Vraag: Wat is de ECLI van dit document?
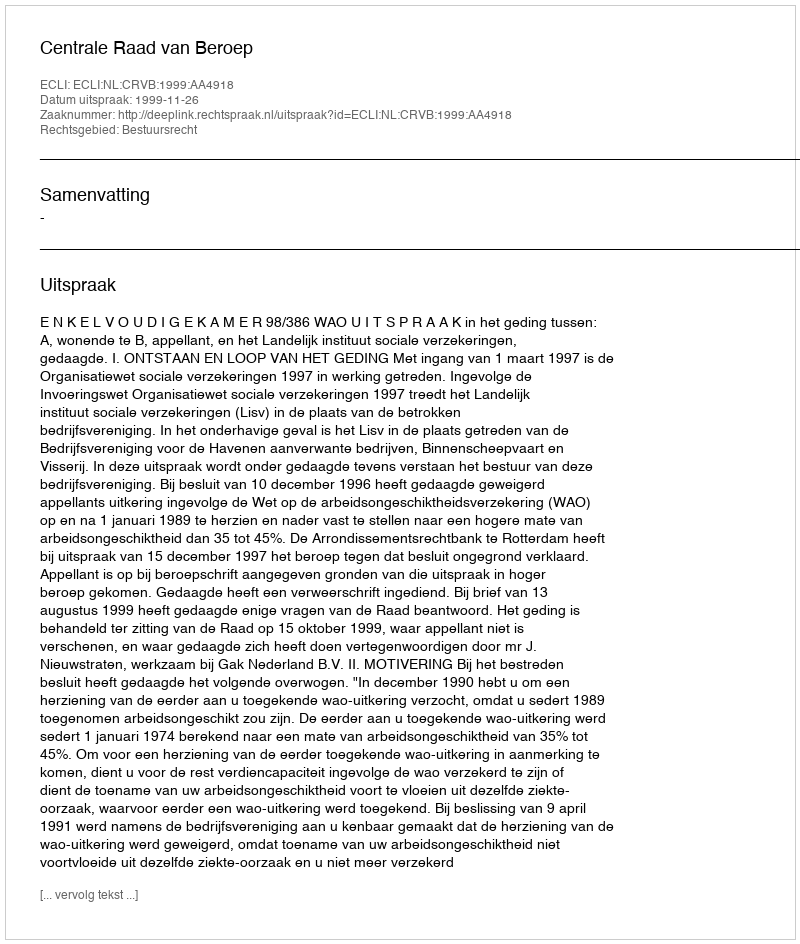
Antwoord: ECLI:NL:CRVB:1999:AA4918